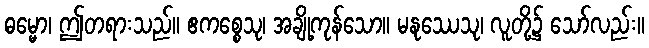
ဓမ္မော၊ ဤတရားသည်။ ဧကစ္စေသု၊ အချို့ကုန်သော။ မနုဿေသု၊ လူတို့၌ သော်လည်း။